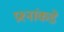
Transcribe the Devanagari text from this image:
प्रश्‍नांकडे